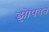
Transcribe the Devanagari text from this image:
झोपवत